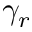
\gamma _ { r }